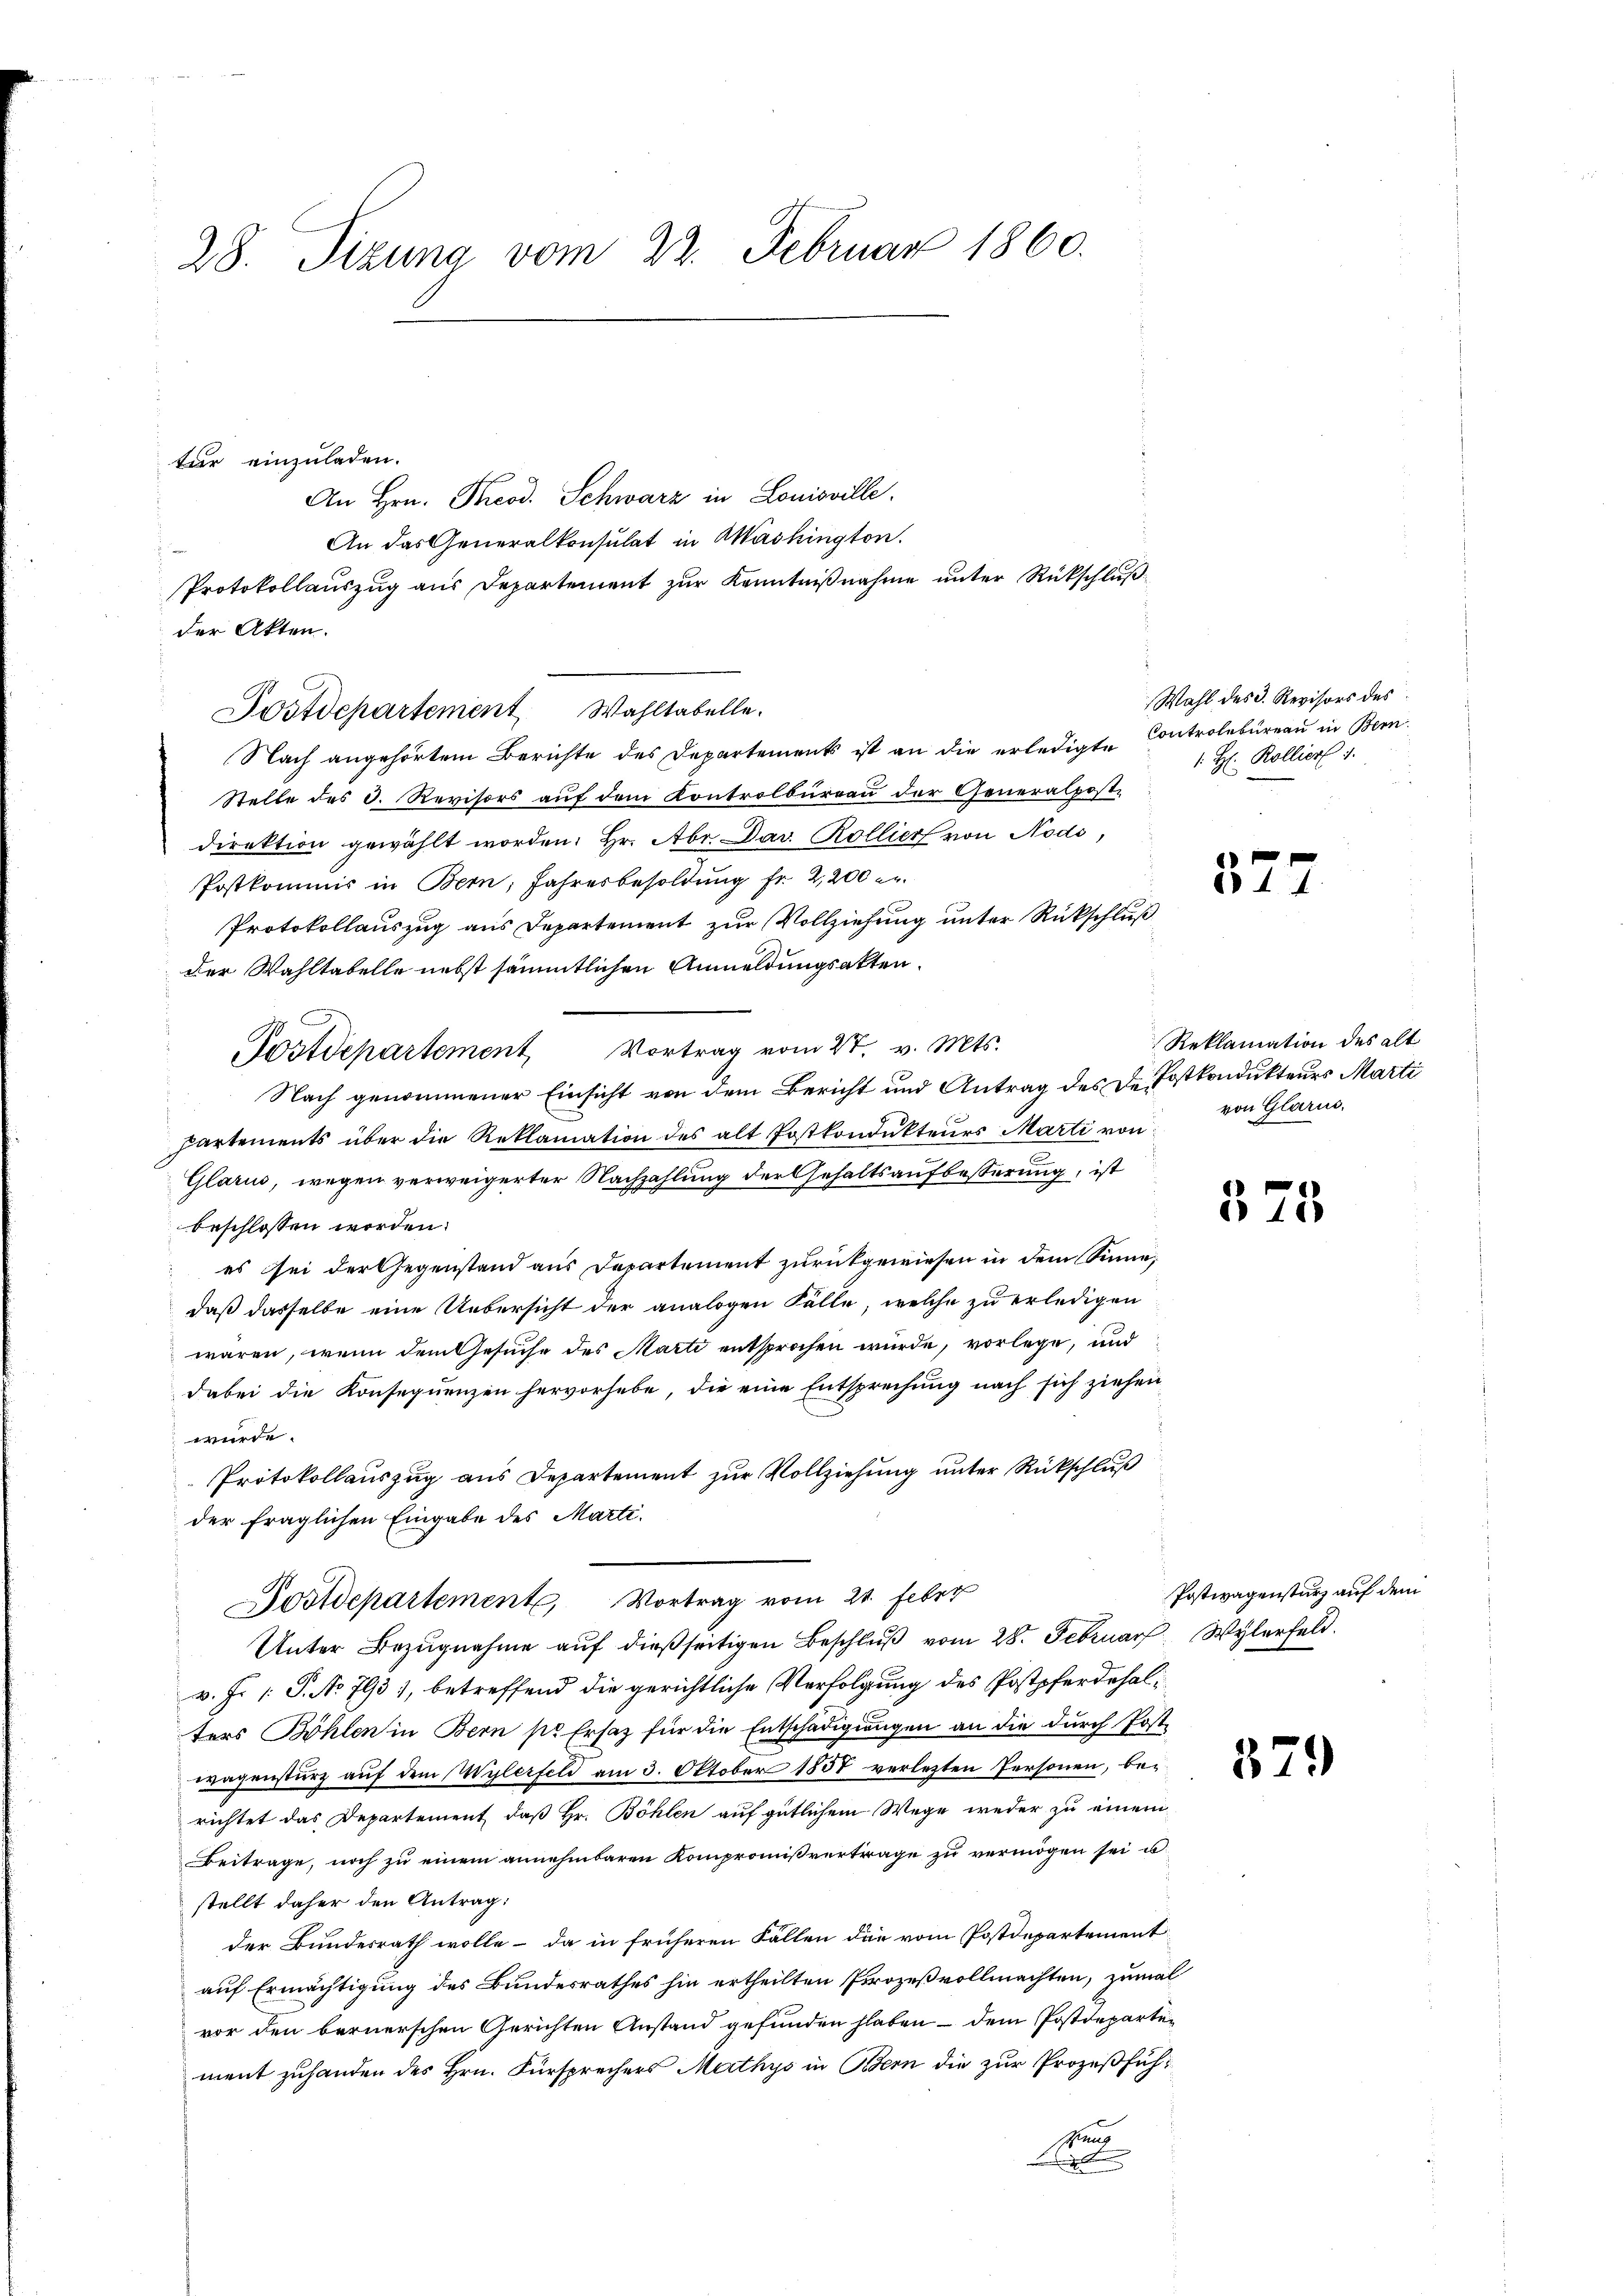
28. Sizung vom 22. Februar 1860.

tar einzuladen.
An Hrn. Prod. Schwarz in Louisville.
An das Generalkonsulat in Washington.
Protokollauszug aus Departement zur Kenntnißnahme unter Rückschluß
der Akten.
Postdepartement Wahltabelle.
Nach angehörtem Berichte des Departements ist an die erledigte Controlbureau in Bern.
Stelle des C. Revisors auf dem Kontrolbureau der Generalpost-
direktion gewählt worden. Hr. Abr. Dav. Rollier von Nods,
Postkommis in Bern, Jahresbesoldŭng fr. 2,200 er.
Protokollauszug aus Departement zur Vollziehung unter Rückschluß
der Wahltabelle nebst sämmtlichen Anmeldungsakten.
Postdepartement Vortrag vom 27. v. Mts.
Nach genommener Einsicht von dem Bericht und Antrag des Dr. Postkondukteurs Marti
partements über die Reklamation des alt Postkondukteurs Marti von
Glarus, wegen verweigerter Nachzahlung der Gehaltsaufbesserung, ist
beschlossen worden.
es sei der Gegenstand aus Departement zurückgewiesen in dem Sinne,
daß dasselbe eine Uebersicht der analogen Fälle, welche zu erledigen
waren, wenn dem Gesuche des Marti entsprochen wurde, vorlege, und
dabei die Konsequenzen hervorhebe, die eine Entsprechung nach sich ziehen
würde.
Protokollauszug aus Departement zur Vollziehung unter Rückschluß
der fraglichen Eingabe des Marti.
Postdepartement, Vortrag vom 21. Feber
Unter Bezŭgnahme aŭf dießseitigen Beschlŭβ vom 28. Februar Wylerfeld.
v. J. 1: P. No. 793), betreffend die gerichtliche Verfolgung des Postpferdehalters Böhlen in Bern pr Ersatz für die Entschädigungen an die durch Postwagensturz auf dem Wylerfeld am 3. Oktober 1858 verletzten Personen, berichtet das Departement, daß Hr. Böhlen auf gütlichem Wege weder zu einem
Beitrage, noch zu einem annehmbaren Kompromißvertrage zu vermögen sei u
stellt daher den Antrag:
der Bundesrath wolle - da in früheren Fällen die vom Postdepartement
auf Ermächtigung des Bundesrathes hin ertheilten Prozeßvollmachten, zumal
vor den bernerschen Gerichten Anstand gefunden haben - dem Postdepartement zuhanden des Hrn. Fürsprechers Mathys in Bern die zur Prozeßfühhang
e

Wahl des 3. Revisors des
1 H: Rolliert 1.

377

Reklamation des alt
von Glarus.

578

379

Postwagensturz auf dem